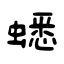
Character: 蟋